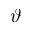
\vartheta